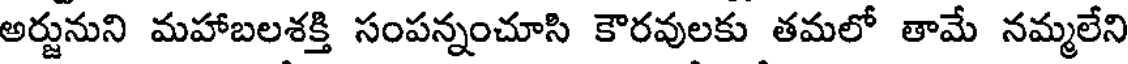
అర్జునుని మహాబలశక్తి సంపన్నంచూసి కౌరవులకు తమలో తామే నమ్మలేని